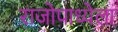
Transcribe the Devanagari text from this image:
राजोपाध्येला